Annual report on the working of the lock hospitals in the Central Provinces
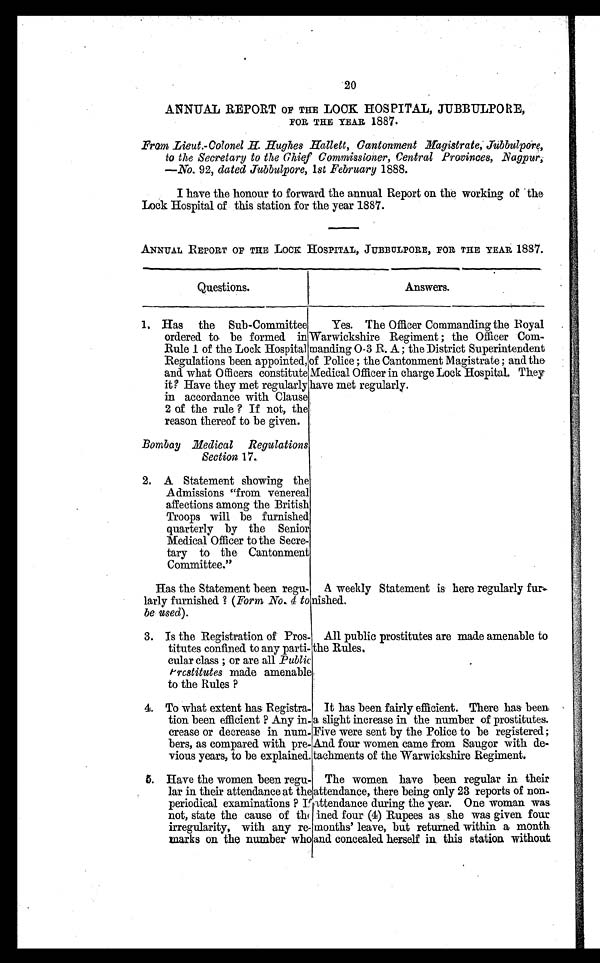
20
ANNUAL REPORT OF THE LOOK HOSPITAL, JUBBULPORE,
FOR THE YEAR 1887.
From Lieut.-Colonel H. Hughes Hallett, Cantonment Magistrate; Jubbulpore,
to the Secretary to the Chief Commissioner, Central Provinces, Nagpur,
—.No. 92, dated Jubbulpore, 1st February 1888.
I have the honour to forward. the annual Report on the working of the
Lock Hospital of this station for the year 1887.
ANNUAL REPORT OF THE LOCK HOSPITAL, JUBBULPORE, FOR THE YEAR 1887.
Questions.
Answers.
1. Has the Sub-Committee
ordered to be formed in
Rule 1 of the Lock Hospital
Regulations been appointed, of
and what Officers constitute
it ? Have they met regularly have
in accordance with Clause
2 of the rule ? If not, the
reason thereof to be given.
Yes. The Officer Commanding the Royal
Warwickshire Regiment ; the Officer Com-
manding O-3 R. A ; the District Superintendent
Police ; the Cantonment Magistrate ; and the
Medical Officer in charge Lock Hospital. They
met regularly.
Bombay Medical Regulations
Section 17.
2. A Statement showing the
Admissions "from venereal
affections among the British
Troops will be furnished
quarterly by the Senior
Medical Officer to the Secre-
tary to the Cantonment
Committee."
Has the Statement been regu-
larly furnished ? (Form No. 4 to
be used).
A weekly Statement is here regularly fur-
n i s h e d .
3. Is the Registration of Pros-
titutes confined to any parti-
cular class ; or are all Public
Prostitutes made amenable
to the Rules ?
All public prostitutes are made amenable to
the Rules.
4. To what extent has Registra-
tion been efficient ? Any in.
crease or decrease in num-
bers, as compared with pre-
vious years, to be explained.
It has been fairly efficient. There has been
a slight increase in the number of prostitutes.
Five were sent by the Police to be registered;
And. four women came from Saugor with de-
tachments of the Warwickshire Regiment.
5. Have the women been regu-
lar in their attendance at the
periodical examinations ? I
f
not, state the cause of th
e
irregularity, with any re-
marks on the number who
The women have been regular in their
attendance, there being only 23 reports of non-
attendance during the year. One woman was.
fined four (4) Rupees as she was given four
months' leave, but returned within a month
and concealed herself in. this station without